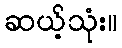
ဆယ့်သုံး။